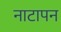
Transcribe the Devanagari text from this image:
नाटापन